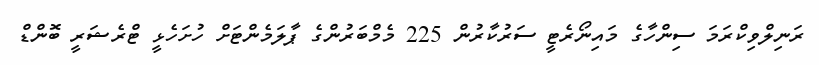
ރަނިލްވިކްރަމަ ސިންހާގެ މައިނޯރެޓީ ސަރުކާރުން 225 މެމްބަރުންގެ ޕާލަމެންޓަށް ހުށަހެޅީ ޓްރެޝަރީ ބޮންޑް